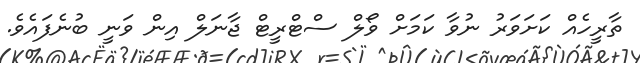
ތާރީހެއް ކަށަވަރު ނުވާ ކަމަށް ވޯލް ސްޓްރީޓް ޖާނަލް އިން ވަނީ ބުނެފައެވެ.